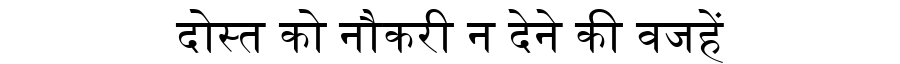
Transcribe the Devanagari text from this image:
दोस्त को नौकरी न देने की वजहें